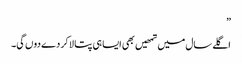
”
اگلے سال میں تمھیں بھی ایسا ہی پتا لا کر دے دوں گی۔